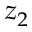
z _ { 2 }